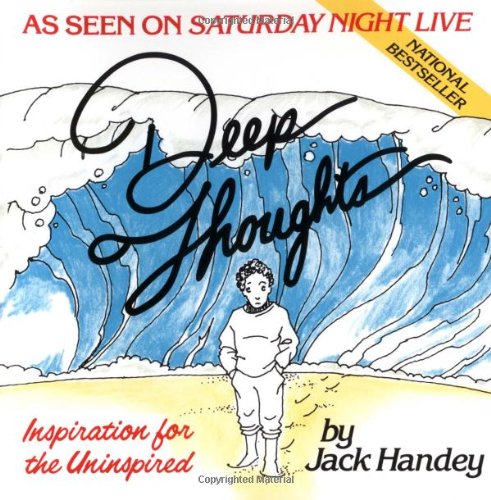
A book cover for Deep Thoughts; Jack Handey; Humor & Entertainment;